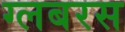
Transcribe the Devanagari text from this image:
ग्लबरस